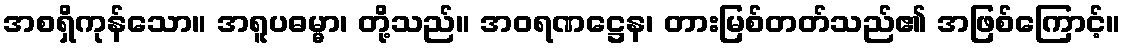
အစရှိကုန်သော။ အရူပဓမ္မာ၊ တို့သည်။ အဝရဏဋ္ဌေန၊ တားမြစ်တတ်သည်၏ အဖြစ်ကြောင့်။